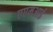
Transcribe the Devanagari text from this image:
एएमआई